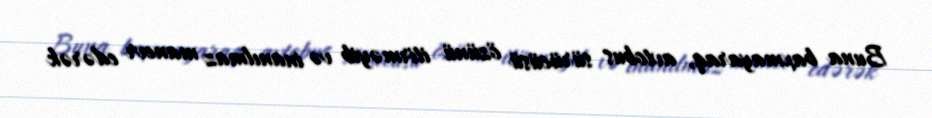
Buna baxmayaraq, avtobus sürücüsü özünü itirməyib və inanılmaz manevr edərək